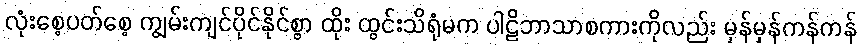
လုံးစေ့ပတ်စေ့ ကျွမ်းကျင်ပိုင်နိုင်စွာ ထိုး ထွင်းသိရုံမက ပါဠိဘာသာစကားကိုလည်း မှန်မှန်ကန်ကန်